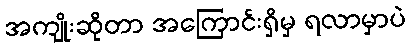
အကျိုးဆိုတာ အကြောင်းရှိမှ ရလာမှာပဲ